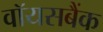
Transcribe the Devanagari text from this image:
वॉयसबैंक